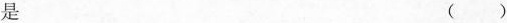
是 ()